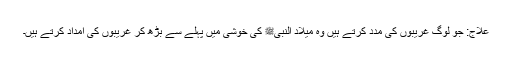
علاج: جو لوگ غریبوں کی مدد کرتے ہیں وہ میلاد النبیﷺ کی خوشی میں پہلے سے بڑھ کر غریبوں کی امداد کرتے ہیں۔